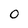
Character: 0